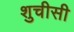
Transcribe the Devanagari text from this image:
शुचीसी